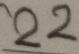
2 2